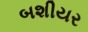
બશીયર